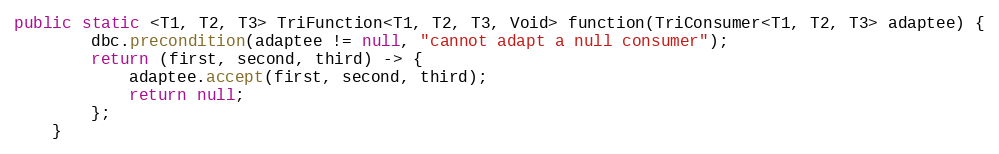
Language: Java
public static <T1, T2, T3> TriFunction<T1, T2, T3, Void> function(TriConsumer<T1, T2, T3> adaptee) {
        dbc.precondition(adaptee != null, "cannot adapt a null consumer");
        return (first, second, third) -> {
            adaptee.accept(first, second, third);
            return null;
        };
    }